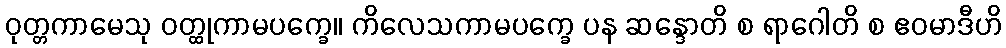
ဝုတ္တကာမေသု ဝတ္ထုကာမပက္ခေ။ ကိလေသကာမပက္ခေ ပန ဆန္ဒောတိ စ ရာဂေါတိ စ ဧဝမာဒီဟိ